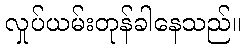
လှုပ်ယမ်းတုန်ခါနေသည်။